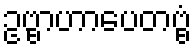
ဥဗ္ဗာဟာပေတဗ္ဗံ